Notes on vaccination in the North-West Frontier Province 1923-1928 - 1923-1928
Year: 1923
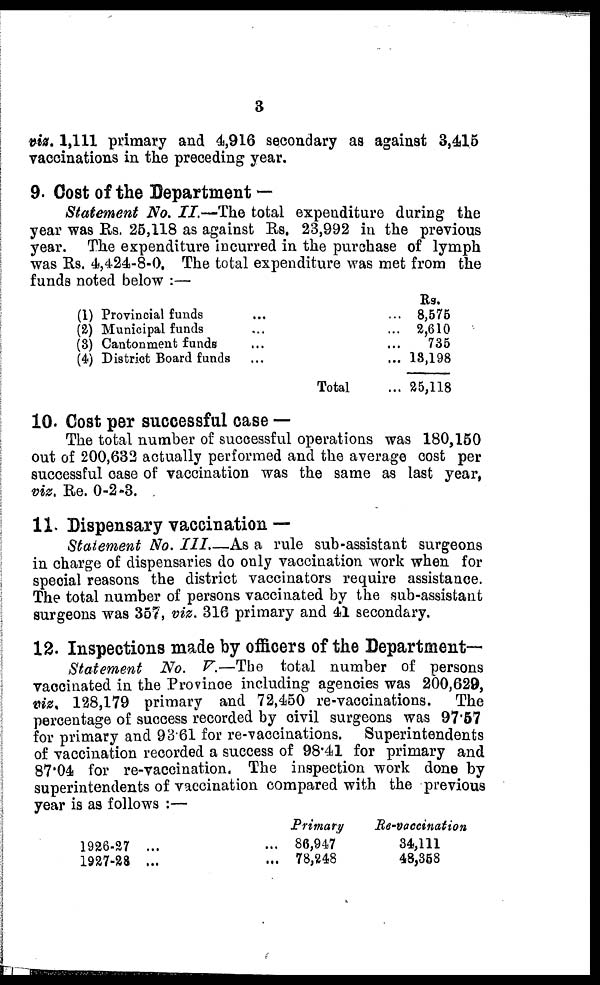
3
viz. 1,111 primary and 4,916 secondary as against 3,415
vaccinations in the preceding year.
9. Cost of the Department —
Statement No. II.—The total expenditure during the
year was Rs. 25,118 as against Rs. 23,992 in the previous
year. The expenditure incurred in the purchase of lymph
was Rs. 4,424-8-0. The total expenditure was met from the
funds noted below :—
(1)
(2)
(3)
(4)
Provincial funds ... ...
Municipal funds ... ...
Cantonment funds ... ...
District Board funds ... ...
Total ...
Rs.
8,575
2,610
735
18,198
25,118
10. Cost per successful case —
The total number of successful operations was 180,150
out of 200,632 actually performed and the average cost per
successful case of vaccination was the same as last year,
viz. Re. 0-2-3.
11. Dispensary vaccination —
Statement No. III.—As a rule sub-assistant surgeons
in charge of dispensaries do only vaccination work when for
special reasons the district vaccinators require assistance.
The total number of persons vaccinated by the sub-assistant
surgeons was 357, viz. 316 primary and 41 secondary.
12. Inspections made by officers of the Department—
Statement
No. V.—The total number of persons
vaccinated in the Province including agencies was 200,629,
viz, 128,179 primary and 72,450 re-vaccinations.
The
percentage of success recorded by civil surgeons was 97.57
for primary and 93.61 for re-vaccinations.
Superintendents
of vaccination recorded a success of 98.41 for primary and
87.04 for re-vaccination. The inspection work done by
superintendents of vaccination compared with the previous
year is as follows :—
1926-27 ... ...
1927-28 ... ...
Primary
86,947
78,248
Re-vaccination
34,111
48,358